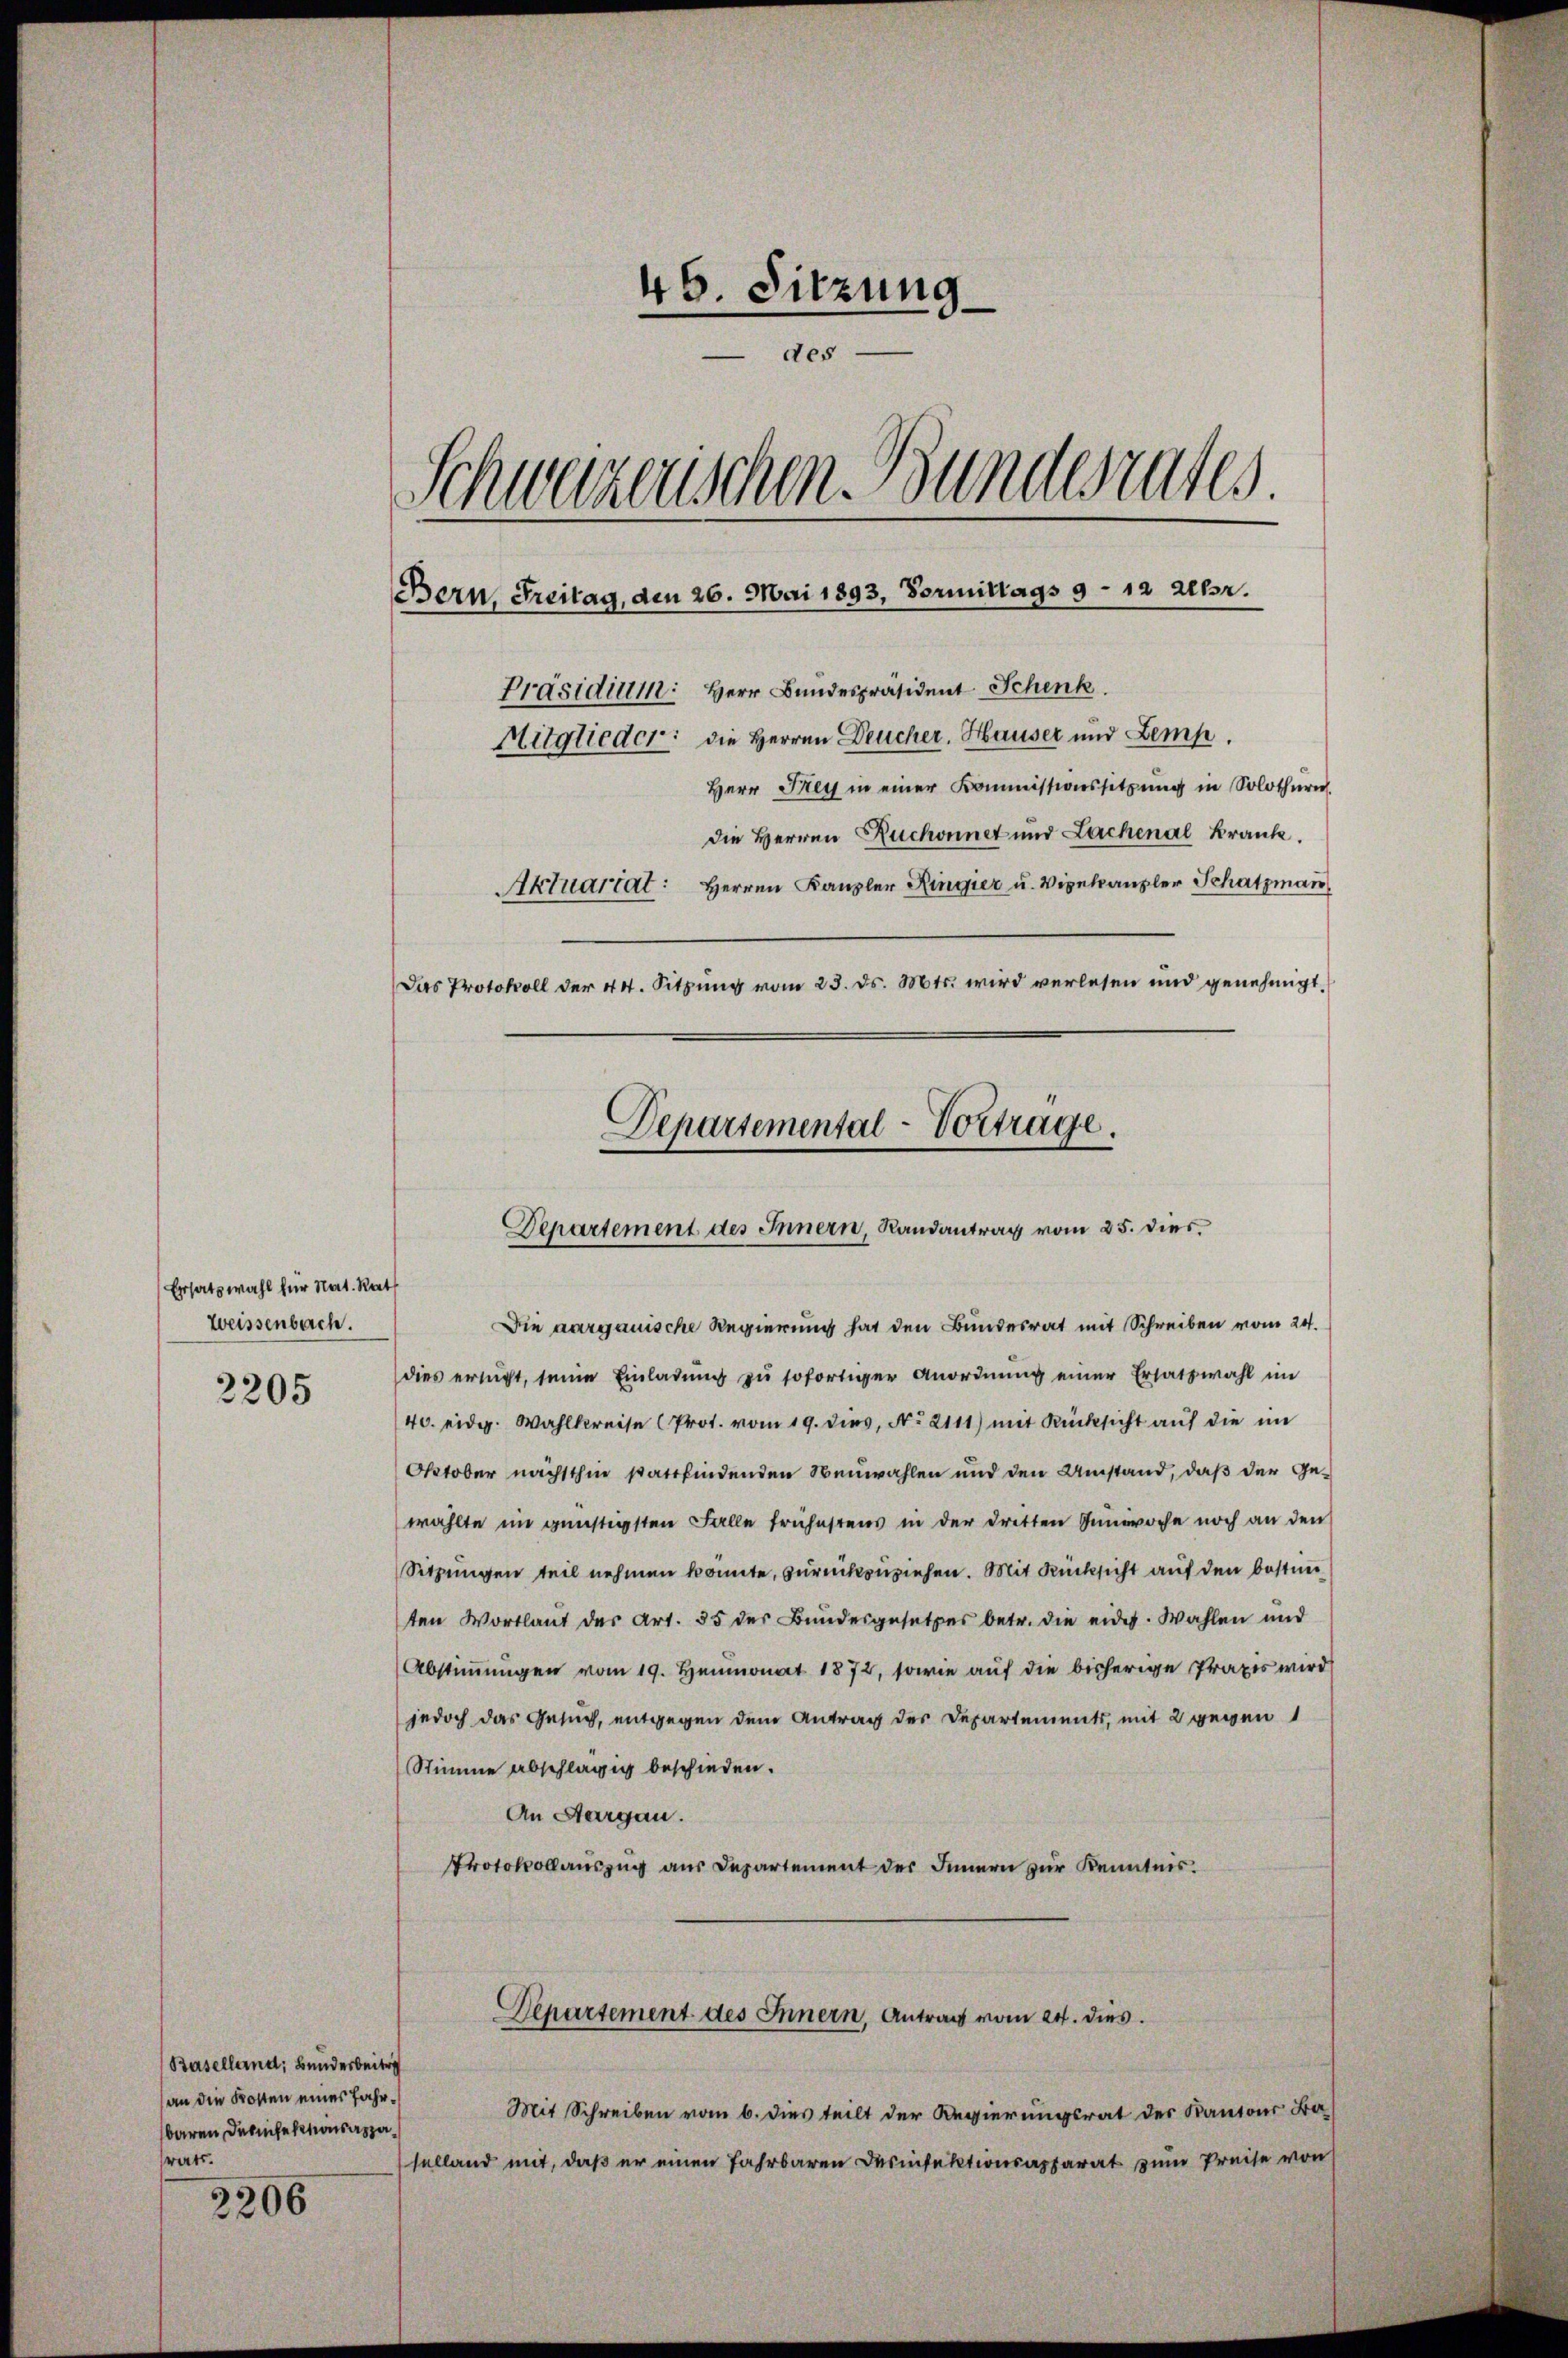
Ersatzwahl für Nat. Rat
Weissenbach.

2205

Baselland, Bunderbeitr
(an die Kosten eines Fahrbaren Deinfektionsazaratt.

2206

46. Sitzung
des
Mitglieder: die Herren Deucher. Hauser und Zemp.
Herr Drey in einer Kommissionssitzŭng in Solothurn.
die Herren Ruchonnet und Lachenal-Krank.
Aktuariat: Herren Kanzler Ringier u. Vizekanzler Schatzman
Das Protokoll der 44. Sitzŭng vom 23. ds. Mts. wird verlesen und genehmigt.

Schwerzenschen Bundesrates.
Bern, Freitag, den 26. Mai 1893, Vormittags 9 - 12 allsr.
Präsidium: Herr Bundespräsident Schenk

Departemental-Vortrage.
Departement des Innern, Randantrag vom 25. dies

Departement des Innern, Antrag vom 24. dies

Die aargauische Regierung hat den Bundesrat mit Schreiben vom 24.
dies ersucht, seine Einladung zu sofortiger Anordnung einer Ersatzwahl im
40. eidg. Wahlkreise (Prot. vom 19. dies, No 2111) mit Rücksicht auf die im
Oktober nächsthin stattfindenden Neuwahlen und den Umstand, daß der Gewählte im günstigsten Falle frühestens in der dritten Günwoche noch an den
Sitzungen teil nehmen konnte, zurückzuziehen. Mit Rücksicht auf den bestimten Wortlaut des Art. 55 der Bundesgesetzes betr. die eides. Wahlen und
Abstiṁŭngen vom 19. Heumonat 1872, sowie auf die bisherige Praxis wird
jedoch das Gesuch, entgegen dem Antrag der Departements, mit 2 gegen
Stimme abschlägig beschieden.
An Aargau.
Protokollauszug aus Departement des Innern zur Kenntnis.

Mit Schreiben vom 6. dies teilt der Regierungsrat des Kantons Ba
selland mit, daß er einen Fahrbaren Desinfektionsapparat zum Preise von